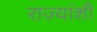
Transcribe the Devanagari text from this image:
राज्‍यांशी